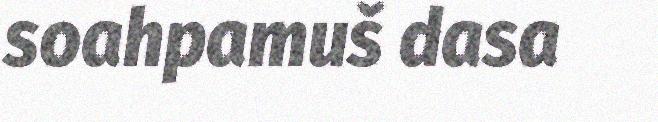
soahpamuš dasa